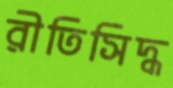
রীতিসিদ্ধ